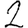
Digit: 2